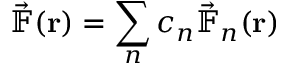
\vec { \mathbb { F } } ( \mathbf { r } ) = \sum _ { n } c _ { n } \vec { \mathbb { F } } _ { n } ( \mathbf { r } )